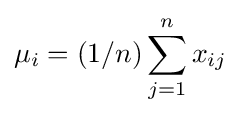
\mu _{i}=(1/n)\sum _{j=1}^{n}x_{ij}